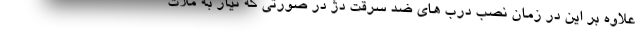
علاوه بر این در زمان نصب درب های ضد سرقت دژ در صورتی که نیاز به ملات